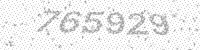
Solution: 765929